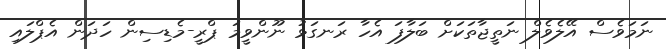
ނަމަވެސް އޭލެވެލް ނަތީޖާތަކަށް ބަލާފަ އެހާ ރަނގަޅު ނޫންވީމަ ޕްރީ-މެޑިސިން ހަދަން އެޕްލައި